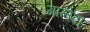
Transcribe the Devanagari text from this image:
गालेटा